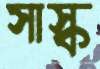
সাস্ক